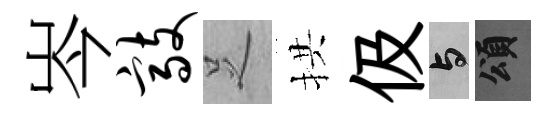
岑敲𠯁拱伋与頌